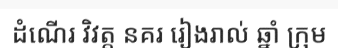
ដំណើរ វិវត្ត នគរ រៀងរាល់ ឆ្នាំ ក្រុម